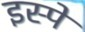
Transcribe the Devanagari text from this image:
इस्पे